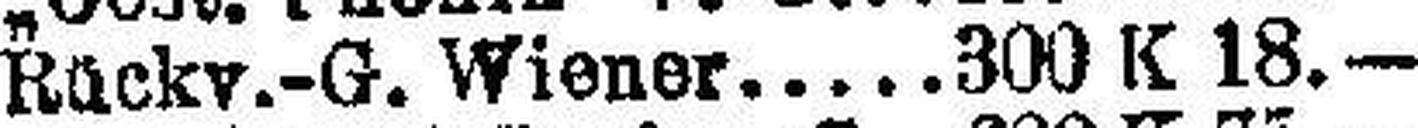
Rückv.-G. Wiener 300 K 18.—